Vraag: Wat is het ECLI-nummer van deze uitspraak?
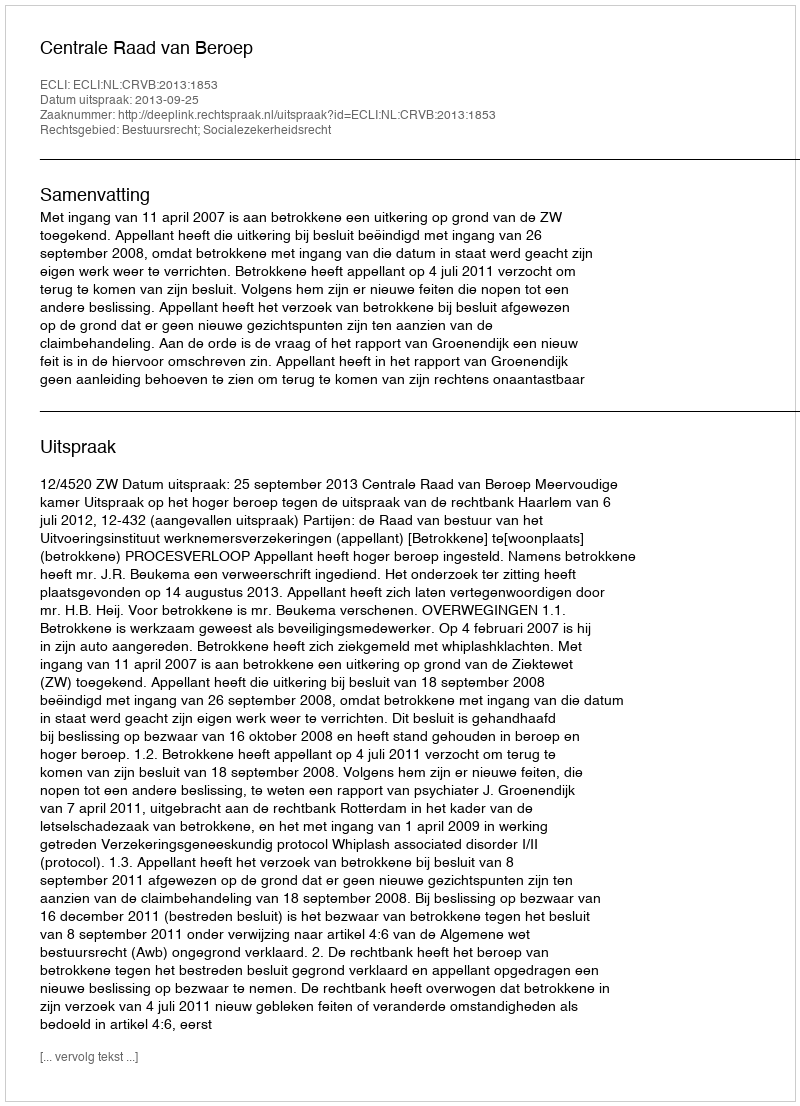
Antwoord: ECLI:NL:CRVB:2013:1853